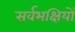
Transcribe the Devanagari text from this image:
सर्वभक्षियों